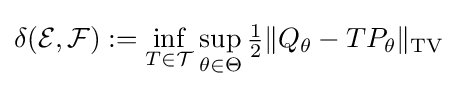
\delta ({\mathcal {E}},{\mathcal {F}}):=\inf \limits _{T\in {\mathcal {T}}}\sup \limits _{\theta \in \Theta }{\tfrac {1}{2}}\|Q_{\theta }-TP_{\theta }\|_{\text{TV}}